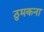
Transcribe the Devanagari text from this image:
ठुमकना